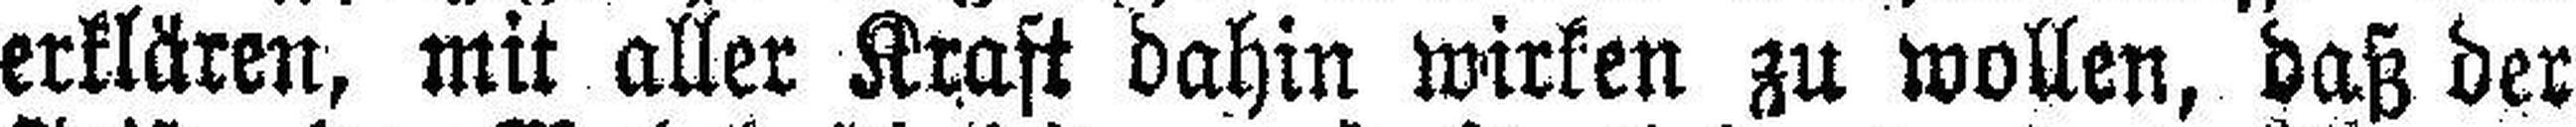
erklären, mit aller Kraft dahin wirken zu wollen, daß der